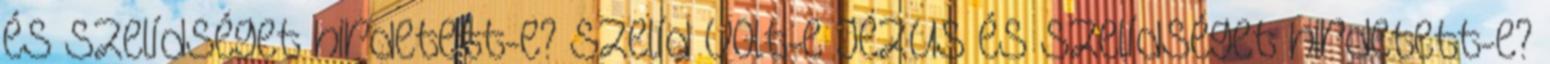
és szelídséget hirdetett-e? Szelíd volt-e Jézus és szelídséget hirdetett-e?